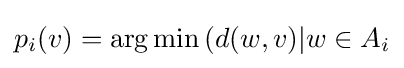
p_{i}(v)=\arg \min {(d(w,v)|w\in A_{i}}